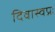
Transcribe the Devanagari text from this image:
दिवास्वप्नः